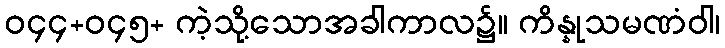
ဝ၄၄+ဝ၄၅+ ကဲ့သို့သောအခါကာလ၌။ ကိန္နုသမဏံဝါ၊